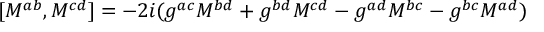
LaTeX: [ M ^ { a b } , M ^ { c d } ] = - 2 i ( g ^ { a c } M ^ { b d } + g ^ { b d } M ^ { c d } - g ^ { a d } M ^ { b c } - g ^ { b c } M ^ { a d } )